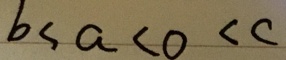
b < a < 0 < c